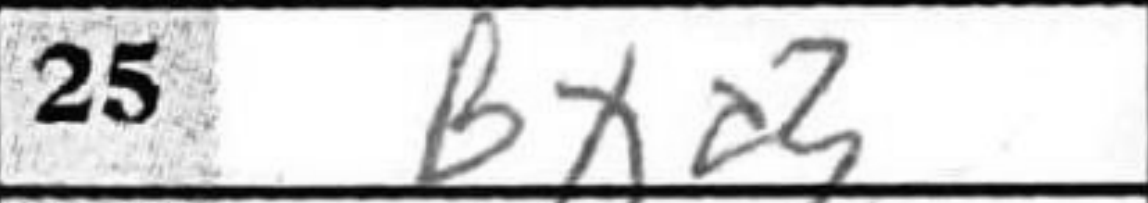
Transcription: Bxd3